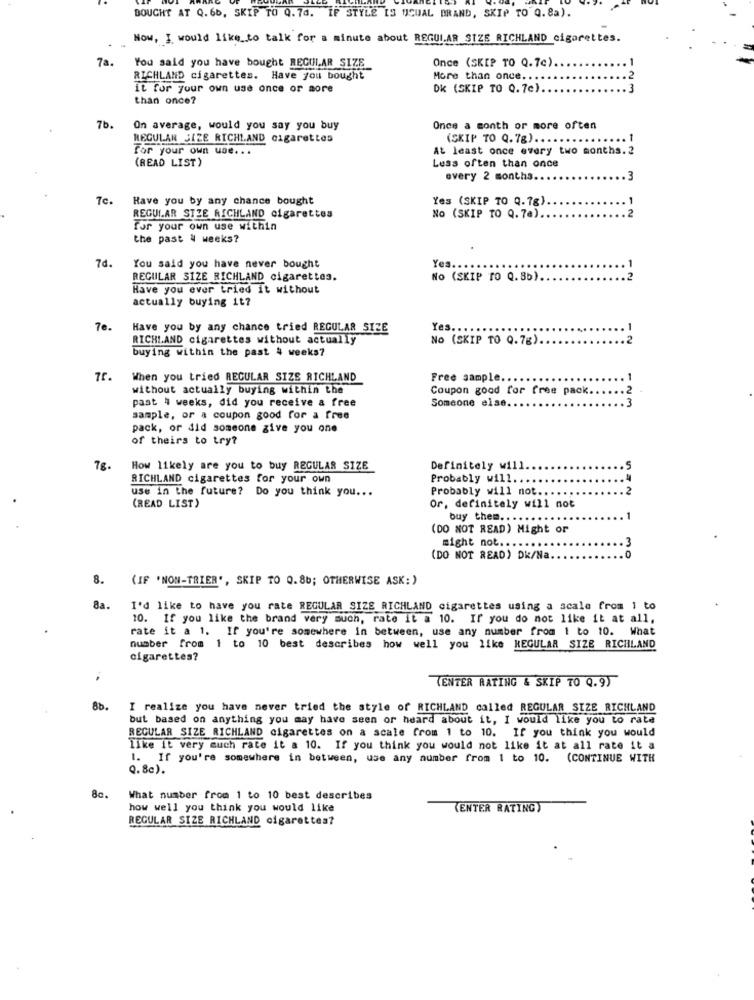
BOUGHT AT Q. 66, SKIP TO Q.74. IF STYLE IS UCUAL BRAND, SKIP TO Q.8a).
Now, I would like to talk for a minute about REGULAR SIZE RICHLAND cigarettes.
78.
You said you have bought REGUIAR SIZE
Once (SKIP TO Q.7c) ..
RICHLAND cigarettes. Have you bought
More than once ....
2
it for your own use once or more
DK (SKIP TO 0.7c).
than once?
7b.
On average, would you say you buy
Once a month or more often
REGULAN SIZE RICHLAND cigarettes
(SKIP TO Q. 7g) ...
for your own use .. .
At least once every two months. 2
(READ LIST)
Less often than once
every 2 months.
.3
7c.
Have you by any chance bought
Yes (SKIP TO Q.7g)
.1
REGULAR STZE RICHLAND cigarettes
NO (SKIP TO Q. 7a).
. 2
for your own use within
the past & weeks?
7d.
You said you have never bought
Yes ..
REGULAR SIZE RICHLAND cigarettes.
NO (SKIP TO Q. 8b).
Have you ever tried it without
actually buying it?
7e.
Have you by any chance tried REGULAR SIZE
Yes
RICHLAND cigarettes without actually
NO (SKIP TO Q.7g).
buying within the past 4 weeks?
When you tried REGULAR SIZE RICHLAND
Free sample ..
without actually buying within the
Coupon good for free pack ..
past # weeks, did you receive a free
Someone else.
sample, or a coupon good for a free
pack, or did someone give you one
of theirs to try?
7g.
How likely are you to buy REGULAR SIZE
Definitely will
RICHLAND cigarettes for your own
Probably will
Probably will not.
use in the future? Do you think you ...
(READ LIST)
Or, definitely will not
buy them .. .
(DO NOT READ) Might or
might not ..
(DO NOT READ) Dk/Na.
8. (IF 'NON-TRIER", SKIP TO Q.8b; OTHERWISE ASK:)
8a.
I'd like to have you rate REGULAR SIZE RICHLAND cigarettes using a scale from 1 to
10. If you like the brand very much, rate it a 10. If you do not like it at all,
rate it a 1. If you're somewhere in between, use any number from 1 to 10. What
number from 1 to 10 best describes how well you like REGULAR SIZE RICHLAND
cigarettes?
(ENTER RATING & SKIP TO Q.9)
8b.
I realize you have never tried the style of RICHLAND called REGULAR SIZE RICHLAND
but based on anything you may have seen or heard about it, I would like you to rate
REGULAR SIZE RICHLAND cigarettes on a scale from 1 to 10. If you think you would
like it very much rate it a 10. If you think you would not like it at all rate it a
1. If you're somewhere in between, use any number from 1 to 10. (CONTINUE WITH
Q.8c).
8c.
What number from 1 to 10 best describes
how well you think you would like
(ENTER RATING)
REGULAR SIZE RICHLAND cigarettes?